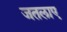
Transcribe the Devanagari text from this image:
जतलाए